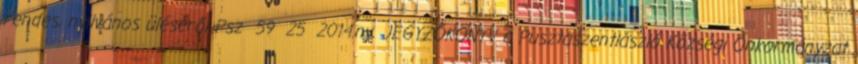
rendes, nyilvános üléséről Psz 59 25 2014.ny. JEGYZŐKÖNYV a Pusztaszentlászló Községi Önkormányzat